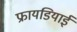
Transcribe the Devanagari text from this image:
फ्रायडियाई